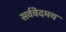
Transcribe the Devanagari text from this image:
सर्ववेदमय